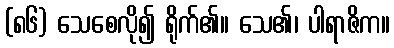
(၈၆) သေစေလို၍ ရိုက်၏။ သေ၏၊ ပါရာဇိက။